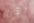
الآن